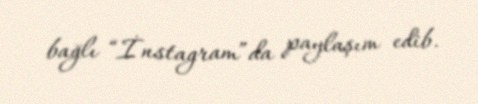
bağlı “İnstagram”da paylaşım edib.